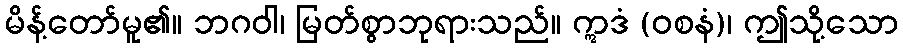
မိန့်တော်မူ၏။ ဘဂဝါ၊ မြတ်စွာဘုရားသည်။ ဣဒံ (ဝစနံ)၊ ဤသို့သော